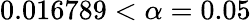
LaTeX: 0.016789<\alpha=0.05